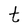
Character: t